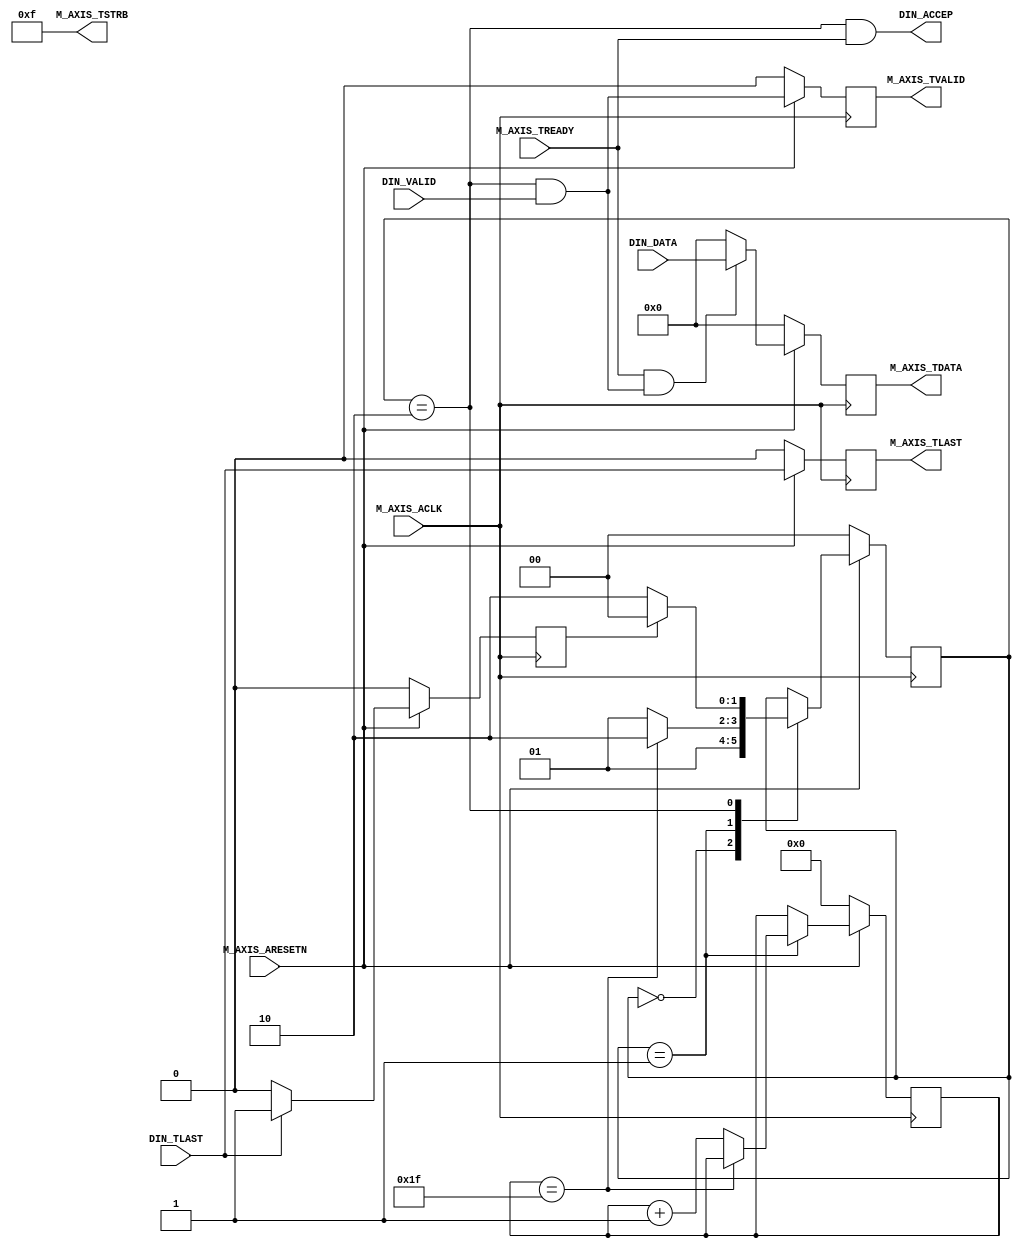
//Customed AXIS Master Interface
//
//Interface user logic to axis output
//
//Outsider: Standard AXIS-master Interface
//Insider: DIN_DATA, DIN_VALID, DIN_ACCEP, DIN_TLAST
//
//In my opinion, this is pretty a ugly and redundant design
//the user-in to interface-out has one cycle delay, but 
//again, the relative timing is correct
//
//but it has an internal waiting period, so before all this
//stuff begin to transfer, it will wait for 32 cycles
//during that period, the handshake can't be done, so the 
//reflection is the DIN_ACCEP is always set 0;
`timescale 1 ns / 1 ps
	module axis_bram_adapter_v1_0_M00_AXIS #
	(
		parameter integer C_M_AXIS_TDATA_WIDTH	= 32,
        //what the hell does this interface need to wait 
		parameter integer C_M_START_COUNT	= 32
	)
	(
		// Users to add ports here
		input wire [C_M_AXIS_TDATA_WIDTH-1 : 0] DIN_DATA,
        input wire DIN_VALID,
        input wire DIN_TLAST,
        output wire DIN_ACCEP,//interprete this as internal handshake

		// Global ports
		input wire  M_AXIS_ACLK,
		input wire  M_AXIS_ARESETN,
		// Master Stream Ports. TVALID indicates that the master is driving a valid transfer, A transfer takes place when both TVALID and TREADY are asserted. 
		output wire  M_AXIS_TVALID,
		// TDATA is the primary payload that is used to provide the data that is passing across the interface from the master.
		output wire [C_M_AXIS_TDATA_WIDTH-1 : 0] M_AXIS_TDATA,
		// TSTRB is the byte qualifier that indicates whether the content of the associated byte of TDATA is processed as a data byte or a position byte.
		output wire [(C_M_AXIS_TDATA_WIDTH/8)-1 : 0] M_AXIS_TSTRB,
		// TLAST indicates the boundary of a packet.
		output wire  M_AXIS_TLAST,
		// TREADY indicates that the slave can accept a transfer in the current cycle.
		input wire  M_AXIS_TREADY
	);
	                                                                                     
	// function called clogb2 that returns an integer which has the                      
	// value of the ceiling of the log base 2.                                           
	function integer clogb2 (input integer bit_depth);                                   
	  begin                                                                              
	    for(clogb2=0; bit_depth>0; clogb2=clogb2+1)                                      
	      bit_depth = bit_depth >> 1;                                                    
	  end                                                                                
	endfunction                                                                          
	                                                                                     
	// WAIT_COUNT_BITS is the width of the wait counter.                                 
	localparam integer WAIT_COUNT_BITS = clogb2(C_M_START_COUNT-1);                      
	                                                                                     
	// Define the states of state machine                                                
	// The control state machine oversees the writing of input streaming data to the FIFO,
	// and outputs the streaming data from the FIFO                                      
	parameter [1:0] IDLE = 2'b00,        // This is the initial/idle state               
	                                                                                     
	                INIT_COUNTER  = 2'b01, // This state initializes the counter, once   
	                                // the counter reaches C_M_START_COUNT count,        
	                                // the state machine changes state to SEND_STREAM     
                                    //
	                SEND_STREAM   = 2'b10; // In this state the                          
	                                     // stream data is output through M_AXIS_TDATA   
	// State variable                                                                    
	reg [1:0] mst_exec_state;                                                            
	// AXI Stream internal signals
	//wait counter. The master waits for the user defined number of clock cycles before initiating a transfer.
    reg [WAIT_COUNT_BITS-1: 0]  count;
	//streaming data valid
	wire  	axis_tvalid;
	//streaming data valid delayed by one clock cycle
	reg  	axis_tvalid_delay;
	//Last of the streaming data 
	wire  	axis_tlast;
	//Last of the streaming data delayed by one clock cycle
	reg  	axis_tlast_delay;
	//FIFO implementation signals
	reg [C_M_AXIS_TDATA_WIDTH-1 : 0] stream_data_out;
	wire  	tx_en;
	//The master has issued all the streaming data stored in FIFO
	reg  	tx_done;


	// I/O Connections assignments

	assign M_AXIS_TVALID = axis_tvalid_delay;
	assign M_AXIS_TDATA	= stream_data_out;
	assign M_AXIS_TLAST	= axis_tlast_delay;
	assign M_AXIS_TSTRB	= {(C_M_AXIS_TDATA_WIDTH/8){1'b1}};


    //seems like this stupid fsm start increse its state once power on
    //and only reset at lest at seeing tlast
	always @(posedge M_AXIS_ACLK)                                             
	begin                                                                     
	  if (!M_AXIS_ARESETN)                                                    
	    begin                                                                 
	      mst_exec_state <= IDLE;                                             
	      count    <= 0;                                                      
	    end                                                                   
	  else                                                                    
	    case (mst_exec_state)                                                 
	      IDLE:                                                               
	           mst_exec_state  <= INIT_COUNTER;                              
	                                                                         
	      INIT_COUNTER:                                                       
	       if ( count == C_M_START_COUNT - 1 )                               
	          begin                                                           
	            mst_exec_state  <= SEND_STREAM;                               
	          end                                                             
	        else                                                              
	          begin                                                           
	            count <= count + 1;                                           
	            mst_exec_state  <= INIT_COUNTER;                              
	          end                                                             
	                                                                          
	      SEND_STREAM:                                                        
	       if (tx_done)                                                      
	          begin                                                           
	            mst_exec_state <= IDLE;                                       
	          end                                                             
	        else                                                              
	          begin                                                           
	            mst_exec_state <= SEND_STREAM;                                
	          end                                                             
	    endcase                                                               
	end                                                                       


	assign axis_tvalid = ((mst_exec_state == SEND_STREAM) && DIN_VALID);
	assign axis_tlast = DIN_TLAST; 
	assign tx_en = M_AXIS_TREADY && axis_tvalid;   
    //assign DIN_ACCEP = tx_en;
    assign DIN_ACCEP = ((mst_exec_state == SEND_STREAM) && M_AXIS_TREADY);

	// Delay the axis_tvalid and axis_tlast signal by one clock cycle                              
	// to match the latency of M_AXIS_TDATA                                                        
    // suppose data, tlast arrive at the sample cycle, and valid is compute 
    // in that cycle as well
	always @(posedge M_AXIS_ACLK)                                                                  
	begin                                                                                          
	  if (!M_AXIS_ARESETN)                                                                         
	    begin                                                                                      
	      axis_tvalid_delay <= 1'b0;                                                               
	      axis_tlast_delay <= 1'b0;                                                                
	    end                                                                                        
	  else                                                                                         
	    begin                                                                                      
	      axis_tvalid_delay <= axis_tvalid;                                                        
	      axis_tlast_delay <= axis_tlast;                                                          
	    end                                                                                        
	end                                                                                            

    always@(posedge M_AXIS_ACLK)
    begin
        if(!M_AXIS_ARESETN)
        begin
            tx_done <= 1'b0;
        end
        else
        begin
            if(DIN_TLAST)
            begin
                tx_done <= 1'b1;
            end
            else
            begin
                tx_done <= 1'b0;
            end
        end
    end

    // Streaming output data is read from FIFO       
    always @( posedge M_AXIS_ACLK )                  
    begin                                            
      if(!M_AXIS_ARESETN)                            
        begin                                        
          stream_data_out <= 0;                      
        end                                          
      else if (tx_en)  
        begin                                        
          stream_data_out <= DIN_DATA;   
        end                                          
      else
      begin
          stream_data_out <= 0;
      end
    end                                              

endmodule